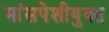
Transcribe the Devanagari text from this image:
मांसपेशीयुक्त